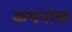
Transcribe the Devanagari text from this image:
कथनांक